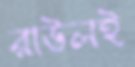
রাউলই